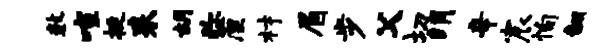
数喧挺耒胡弥厘材眉步父切绡辛宸恂翻